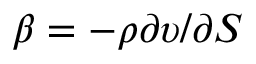
\beta = - \rho \partial \upsilon / \partial S